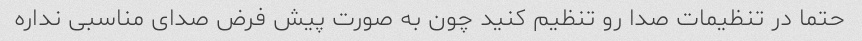
حتما در تنظیمات صدا رو تنظیم کنید چون به صورت پیش فرض صدای مناسبی نداره